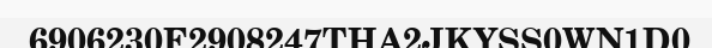
6906230F2908247THA2JKYSS0WN1D0